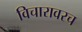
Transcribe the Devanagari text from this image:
विचारावरच